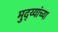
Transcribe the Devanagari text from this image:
मुद्य्यांच्या